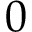
0